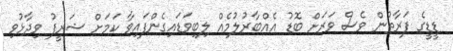
ޑީޑީގެ ފަރާތުން ވެސް ވަރަށް ބޮޑު އެއްބާރުލުމެއް ލިބިވަޑައިގެންފައިވާ ކަމަށް ޝަރީފު ވިދާޅުވި